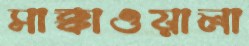
সাক্কাওয়ালা